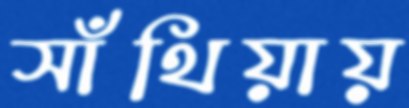
সাঁথিয়ায়